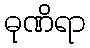
ဓုဏိရာ